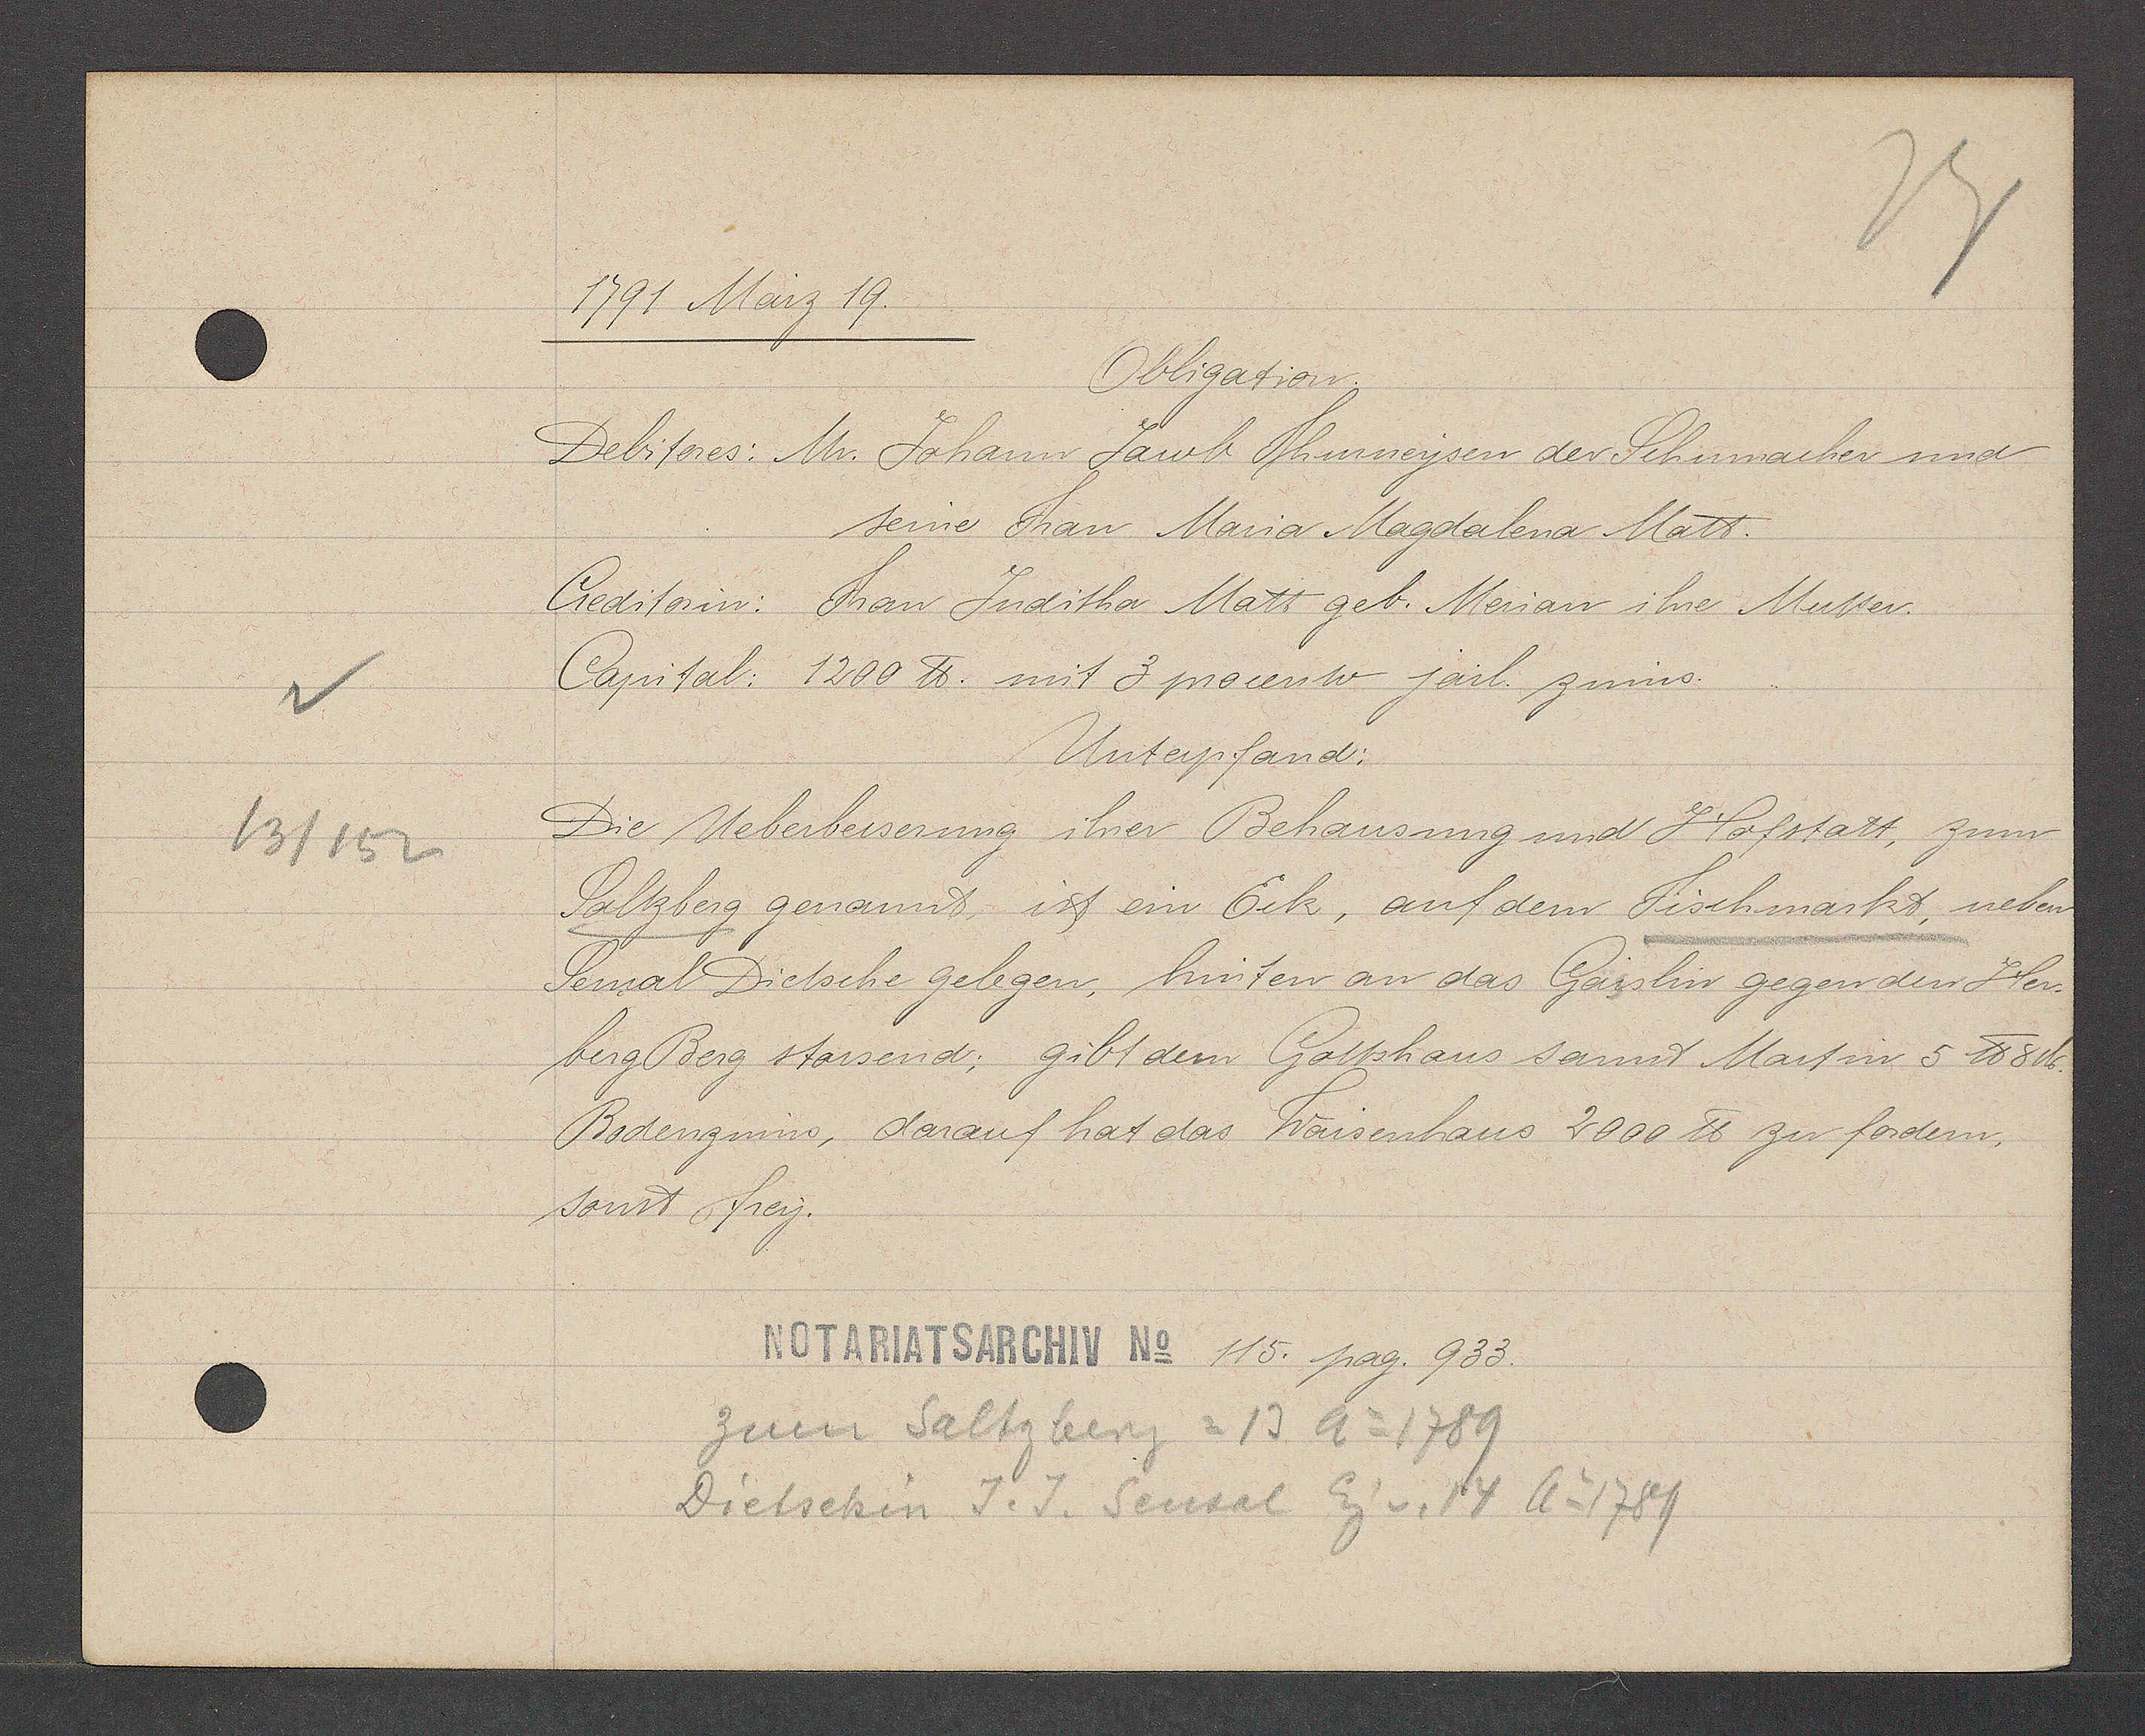
Transcript:
13/152

1791 März 19.

Obligation.
Debitores: Mr. Johann Jacob Thurneysen der Schumacher und
seine Frau Maria Magdalena Matt.
Creditorin: Frau Juditha Matt geb. Merian ihre Mutter.
Capital: 1200 ℔ mit 3 procento järl. zinns.
Unterpfand:
Die Ueberbesserung ihrer Behausung und Hofstatt, zum
Saltzberg genannt, ist ein Eck, auf dem Fischmarkt, neben
Semal Dietsche gelegen, hinten an das Gässlin gegen den Her¬
berg Berg stossend; gibt dem Gottshaus samt Martin 5 ℔ 3℔.
Bodenzinns, darauf hat das Waisenhaus 2000 ℔ zu fordern.
sonst frey.

NOTARIATSARCHIV No 115. pag. 933.

zum Saltzberg = 13 Ao 1789
Dietschin J. J. Sensal Eig v. 14 Ao 1789